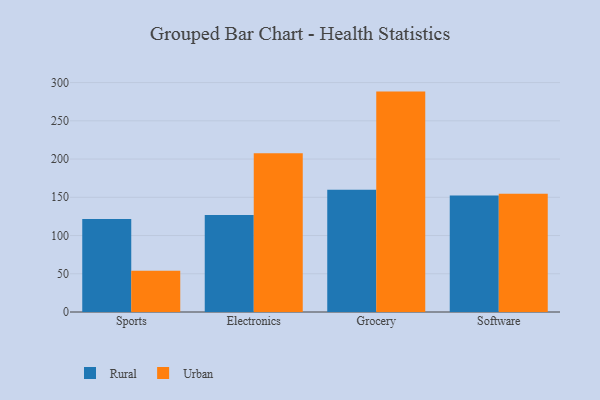
{"axis": {"x": "Category", "y": "Page Views"}, "legend": ["Rural", "Urban"], "data": [{"x": "Sports", "y": 121.6, "type": "Rural"}, {"x": "Sports", "y": 54.0, "type": "Urban"}, {"x": "Electronics", "y": 127.0, "type": "Rural"}, {"x": "Electronics", "y": 207.7, "type": "Urban"}, {"x": "Grocery", "y": 159.8, "type": "Rural"}, {"x": "Grocery", "y": 288.2, "type": "Urban"}, {"x": "Software", "y": 152.2, "type": "Rural"}, {"x": "Software", "y": 154.7, "type": "Urban"}]}